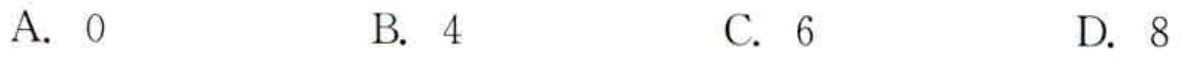
A. \(0\)  B. \(4\)  C. \(6\)  D. \(8\)